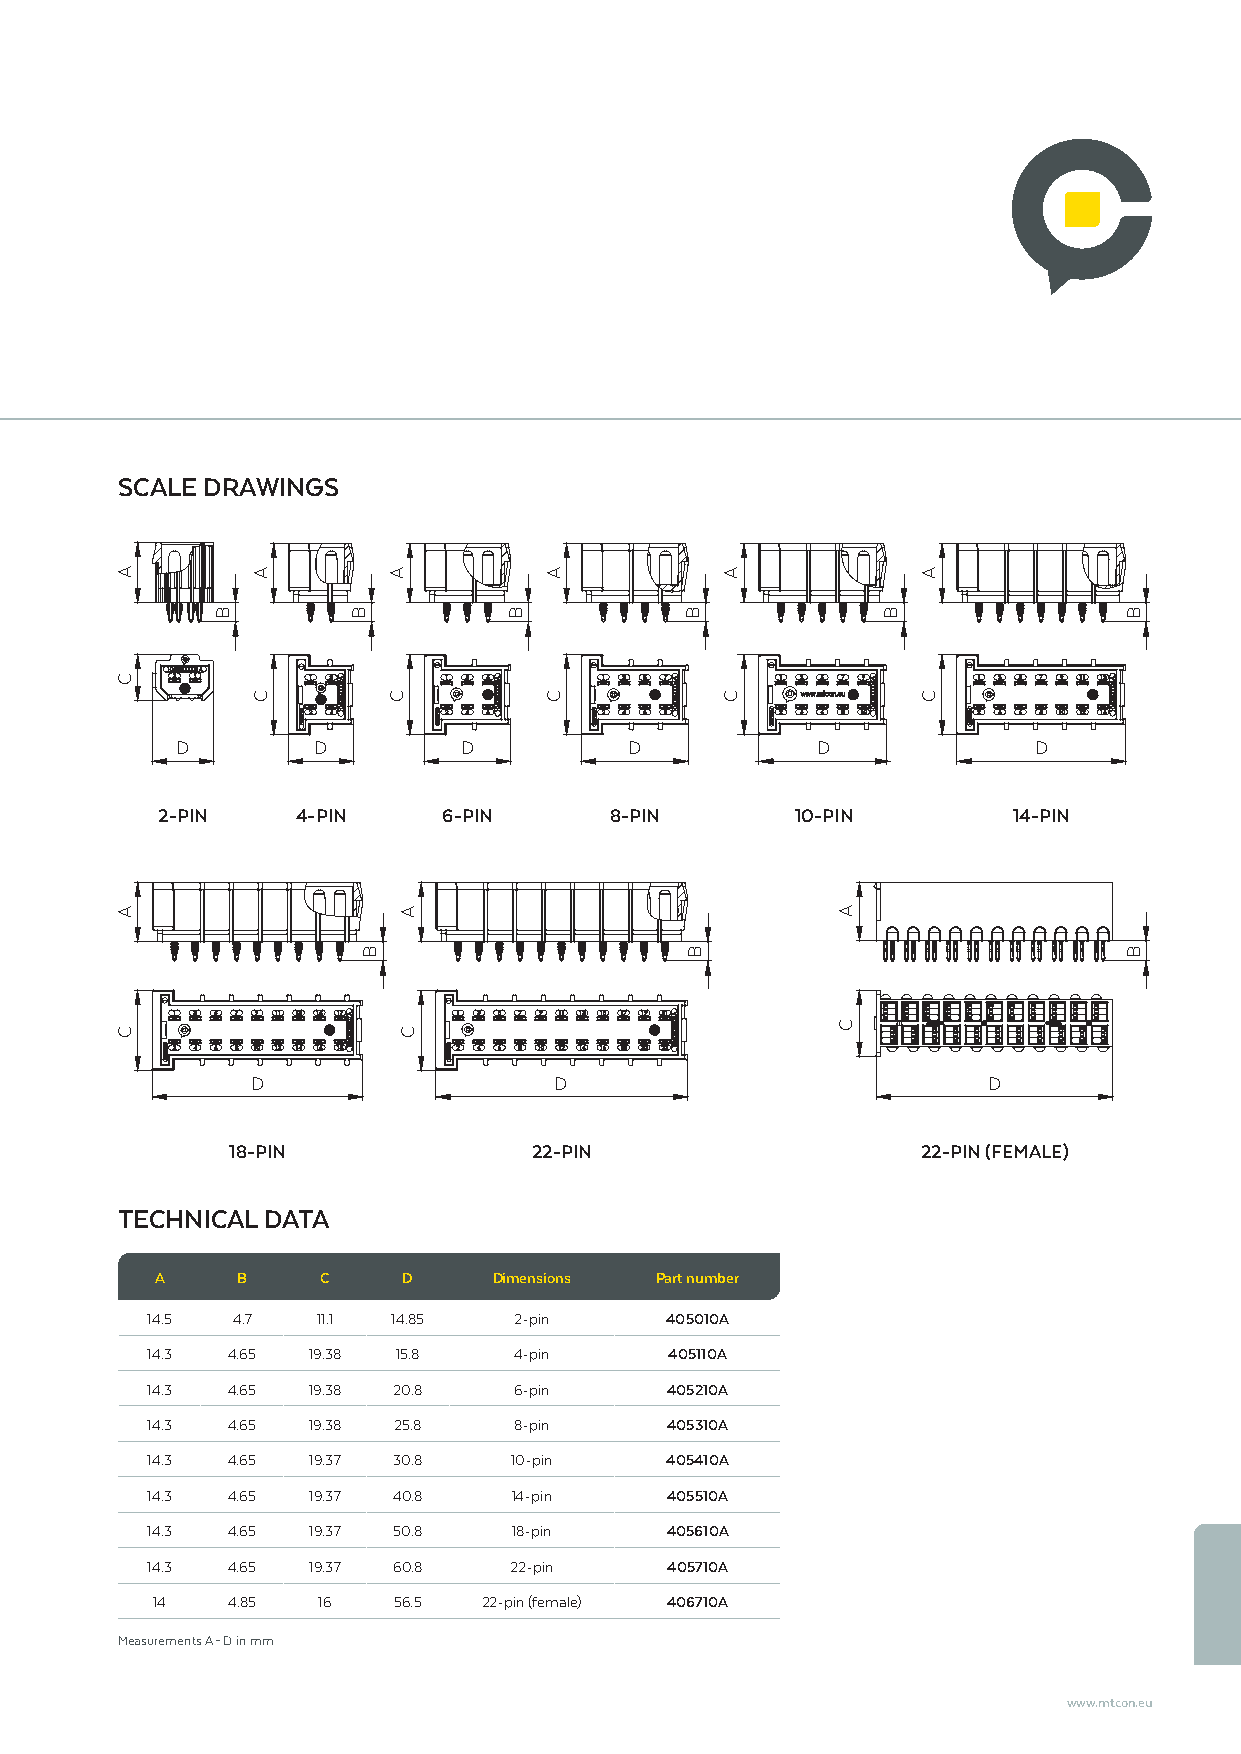
SCALE DRAWINGS
 D        D        D           D           D             D
 2-PIN     4-PIN    6-PIN      8-PIN        10-PIN        14-PIN
 D                   D                           D
 18-PIN              22-PIN                    22-PIN (FEMALE)
 TECHNICAL DATA
 A     B    C     D     Dimensions Part number
 14.5 4.7   11.1 14.85   2-pin     405010A
 14.3 4.65 19.38 15.8    4-pin     405110A
 14.3 4.65 19.38 20.8    6-pin     405210A
 14.3 4.65 19.38 25.8    8-pin     405310A
 14.3 4.65 19.37 30.8    10-pin    405410A
 14.3 4.65 19.37 40.8    14-pin    405510A
 14.3 4.65 19.37 50.8    18-pin    405610A
 14.3 4.65 19.37 60.8    22-pin    405710A
 14   4.85  16   56.5  22-pin (female) 406710A
 Measurements A – D in mm
 www.mtcon.eu
 A
 C
 A
 C
 B
 A
 C
 B
 B
 A
 C
 A
 C
 B
 A
 C
 B
 B
 A
 C
 A
 C
 B
 A
 C
 B
 B